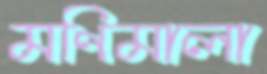
মণিমালা